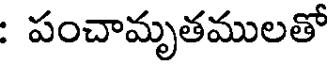
: పంచామృతములతో